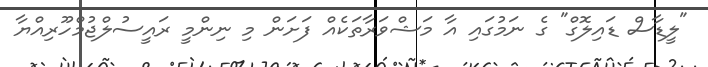
"ލީޑާސް ޑައިލޮގް" ގެ ނަމުގައި އާ މަޝްވަރާތަކެއް ފަށަން މި ނިންމީ ރައީސުލްޖުމްހޫރިއްޔާ